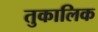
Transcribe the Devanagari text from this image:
तुकालिक